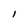
Character: l